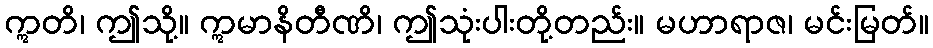
ဣတိ၊ ဤသို့။ ဣမာနိတီဏိ၊ ဤသုံးပါးတို့တည်း။ မဟာရာဇ၊ မင်းမြတ်။